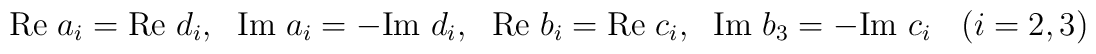
{\rm Re}~a_i= {\rm Re}~d_i,~~{\rm Im}~a_i= -{\rm Im}~d_i,~~{\rm Re}~b_i= {\rm Re}~c_i,~~{\rm Im}~b_3= -{\rm Im}~c_i~~~(i=2,3)